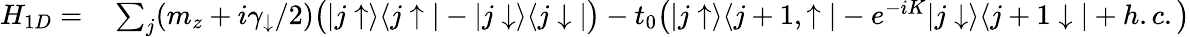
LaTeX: \begin{array}{rl}{H_{1D}=}&{{}\sum_{j}(m_{z}+i\gamma_{\downarrow}/2)\bigr(|j\uparrow\rangle\langle j\uparrow|-|j\downarrow\rangle\langle j\downarrow|\bigr)-t_{0}\bigr(|j\uparrow\rangle\langle j+1,\uparrow|-e^{-iK}|j\downarrow\rangle\langle j+1\downarrow|+h.c.\bigr)}\end{array}